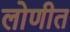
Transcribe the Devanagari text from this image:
लोणीत